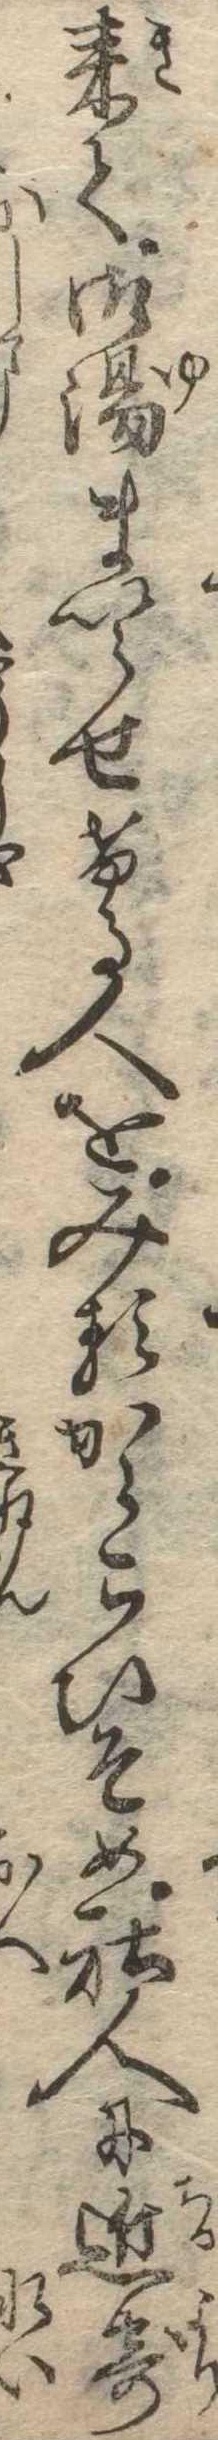
来て御湯まいらせける人をみるからこひそめ社人に近寄